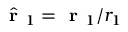
\hat { \textbf { r } } _ { 1 } = \textbf { r } _ { 1 } / { r } _ { 1 }